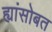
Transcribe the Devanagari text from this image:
ह्यांसोबत